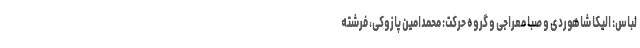
لباس: الیکا شاهوردی و صبا معراجی و گروه حرکت: محمدامین ‌پازوکی، فرشته